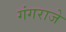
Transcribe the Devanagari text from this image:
गंगराजे